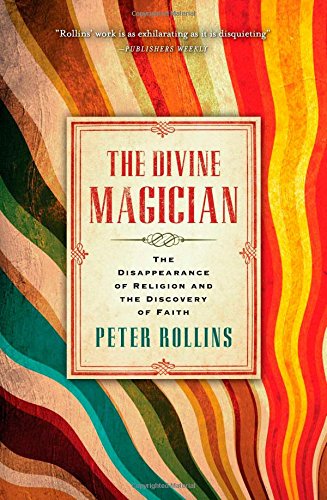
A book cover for The Divine Magician: The Disappearance of Religion and the Discovery of Faith; Peter Rollins; Religion & Spirituality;